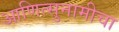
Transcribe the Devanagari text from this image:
आणित्सुनामीचा